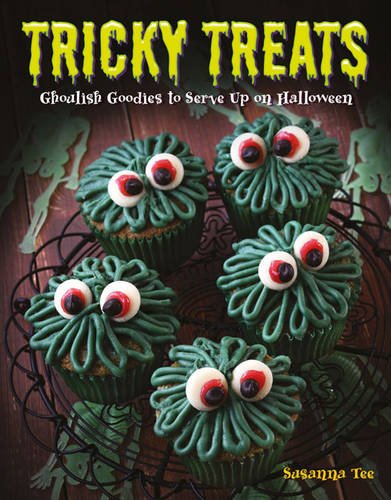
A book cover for Tricky Treats: 20 Ghoulish Goodies to Serve Up on Halloween; Susanna Tee; Cookbooks, Food & Wine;